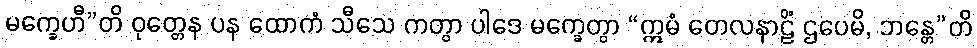
မက္ခေဟီ”တိ ဝုတ္တေန ပန ထောကံ သီသေ ကတွာ ပါဒေ မက္ခေတွာ “ဣမံ တေလနာဠိံ ဌပေမိ, ဘန္တေ”တိ